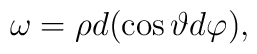
\omega = \rho d(\cos \vartheta d \varphi),